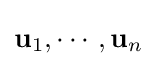
\mathbf {u} _{1},\cdots ,\mathbf {u} _{n}